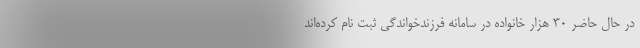
در حال حاضر ۳۰ هزار خانواده در سامانه فرزندخواندگی ثبت نام کرده‌اند